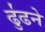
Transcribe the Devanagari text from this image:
ढु॑ढने